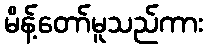
မိန့်တော်မူသည်ကား